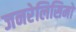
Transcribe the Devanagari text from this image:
जनरेलिसिमो